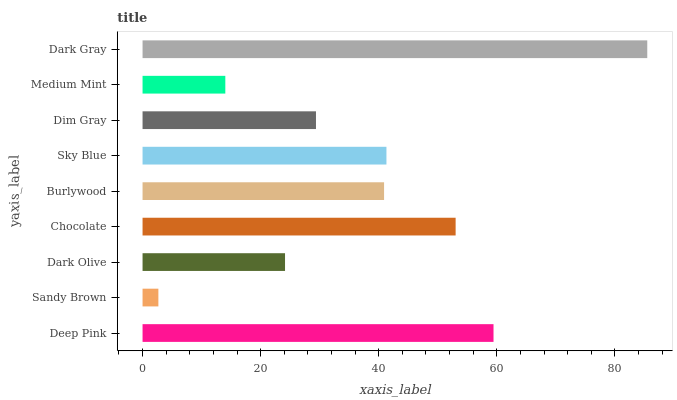
| yaxis_label | bars |
 | --- | --- |
 | Deep Pink | 59.4 |
 | Sandy Brown | 2.68 |
 | Dark Olive | 24.1 |
 | Chocolate | 53 |
 | Burlywood | 40.9 |
 | Sky Blue | 41.3 |
 | Dim Gray | 29.4 |
 | Medium Mint | 14 |
 | Dark Gray | 85.5 |